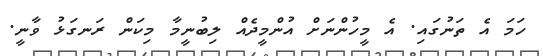
ހަމަ އެ ތަނުގައި. އެ މީހުންނަށް އުންމީދެއް ލިބުނީމާ މިކަން ރަނގަޅު ވާނީ.